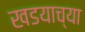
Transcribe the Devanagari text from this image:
खडयाच्या